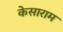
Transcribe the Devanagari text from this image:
केसाराम